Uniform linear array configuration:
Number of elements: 8
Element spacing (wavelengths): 0.25
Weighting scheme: hamming
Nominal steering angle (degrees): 0
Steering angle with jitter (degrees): -1.466
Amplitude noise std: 0.05
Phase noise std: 0.05

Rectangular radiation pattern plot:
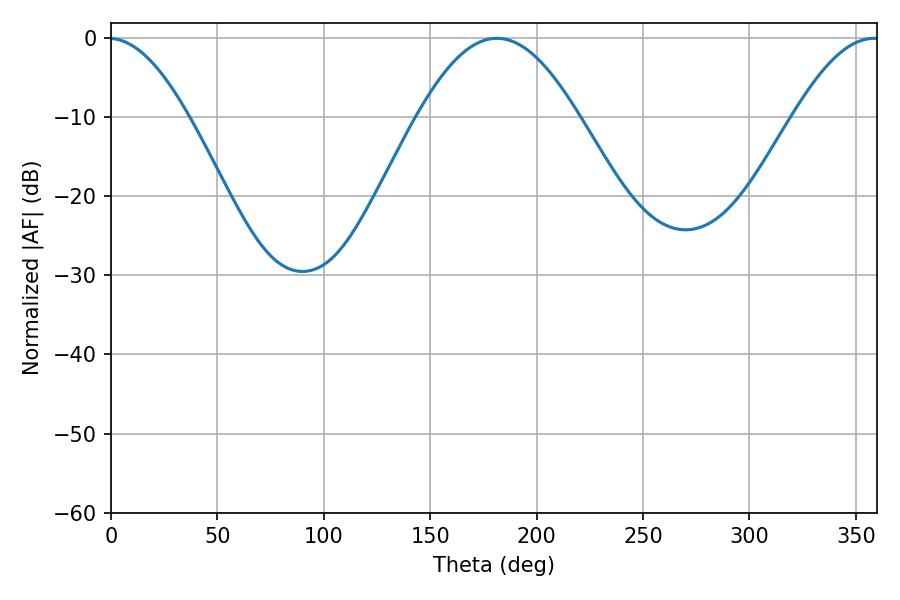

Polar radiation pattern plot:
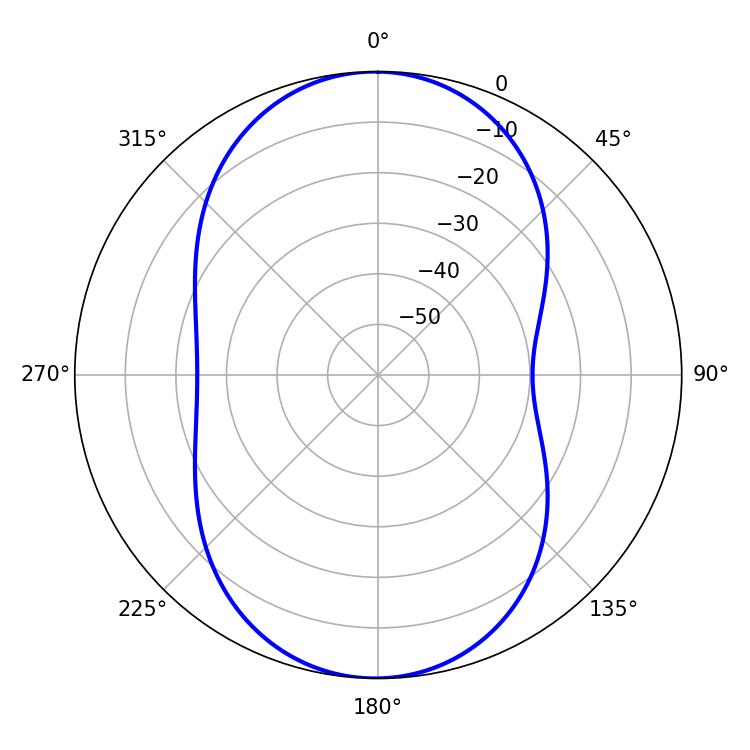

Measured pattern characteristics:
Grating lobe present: FALSE
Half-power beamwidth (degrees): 21.96
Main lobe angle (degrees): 358.74